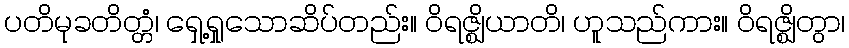
ပတိမုခတိတ္တံ၊ ရှေ့ရှုသောဆိပ်တည်း။ ဝိရဇ္ဈိယာတိ၊ ဟူသည်ကား။ ဝိရဇ္ဈိတွာ၊